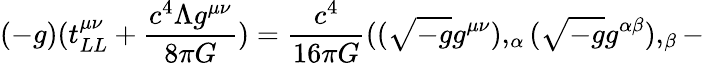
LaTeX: (-g)(t_{LL}^{\mu\nu}+{\frac{c^{4}\Lambda g^{\mu\nu}}{8\pi G}})={\frac{c^{4}}{16\pi G}}(({\sqrt{-g}}g^{\mu\nu}),_{\alpha}({\sqrt{-g}}g^{\alpha\beta}),_{\beta}-